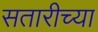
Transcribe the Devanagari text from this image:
सतारीच्या